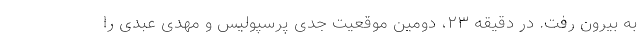
به بیرون رفت. در دقیقه ۲۳، دومین موقعیت جدی پرسپولیس و مهدی عبدی را